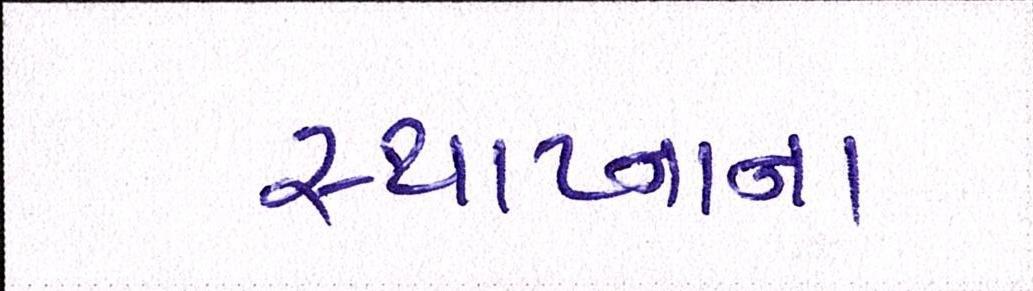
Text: સ્થાપ્નાના